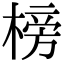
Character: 榜